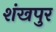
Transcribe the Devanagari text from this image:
शंखपुर